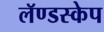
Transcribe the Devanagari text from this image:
लॅण्डस्केप